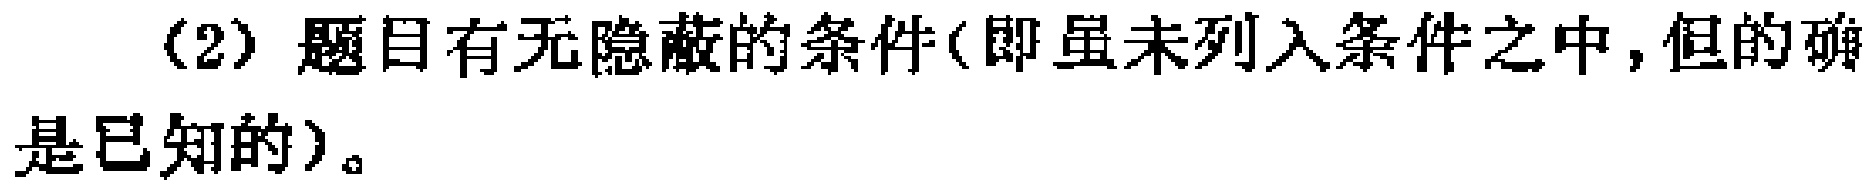
(2) 题目有无隐蔽的条件(即虽未列入条件之中,但的确是已知的)。